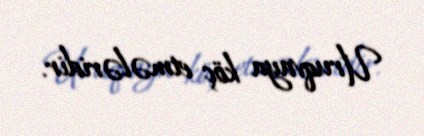
Uruqvaya köç etmələridir.